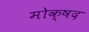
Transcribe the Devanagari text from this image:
मोक्षद